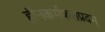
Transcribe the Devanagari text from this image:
हीनकर्मफलप्रदम्